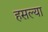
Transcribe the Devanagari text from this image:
हसल्या